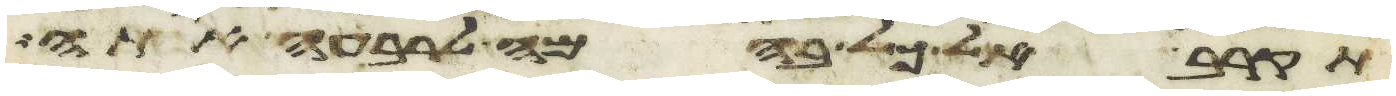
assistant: תקרב אל כל בהמה לרבעה אתה